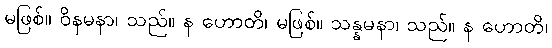
မဖြစ်။ ဝိနမနာ၊ သည်။ န ဟောတိ၊ မဖြစ်။ သန္နမနာ၊ သည်။ န ဟောတိ၊